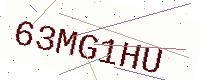
Text: 63MG1HU